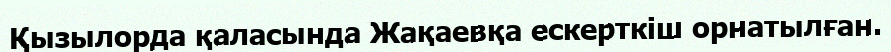
Қызылорда қаласында Жақаевқа ескерткіш орнатылған.